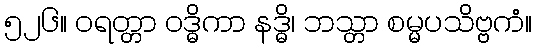
၅၂၆။ ဝရတ္တာ ဝဒ္ဓိကာ နဒ္ဓိ၊ ဘသ္တာ စမ္မပသိဗ္ဗကံ။